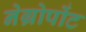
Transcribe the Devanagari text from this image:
नेग्रोपोंट